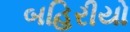
બહિરીયો